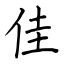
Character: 佳